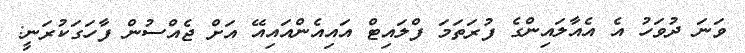
ވަނަ ދުވަހު އެ އެއާލައިންގެ ފުރަތަމަ ފްލައިޓް އައިއެންއައިއޭ އަށް ޖެއްސުން ފާހަގަކުރަނީ: